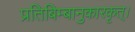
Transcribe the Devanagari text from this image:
प्रतिबिम्बानुकारकृत्‌।